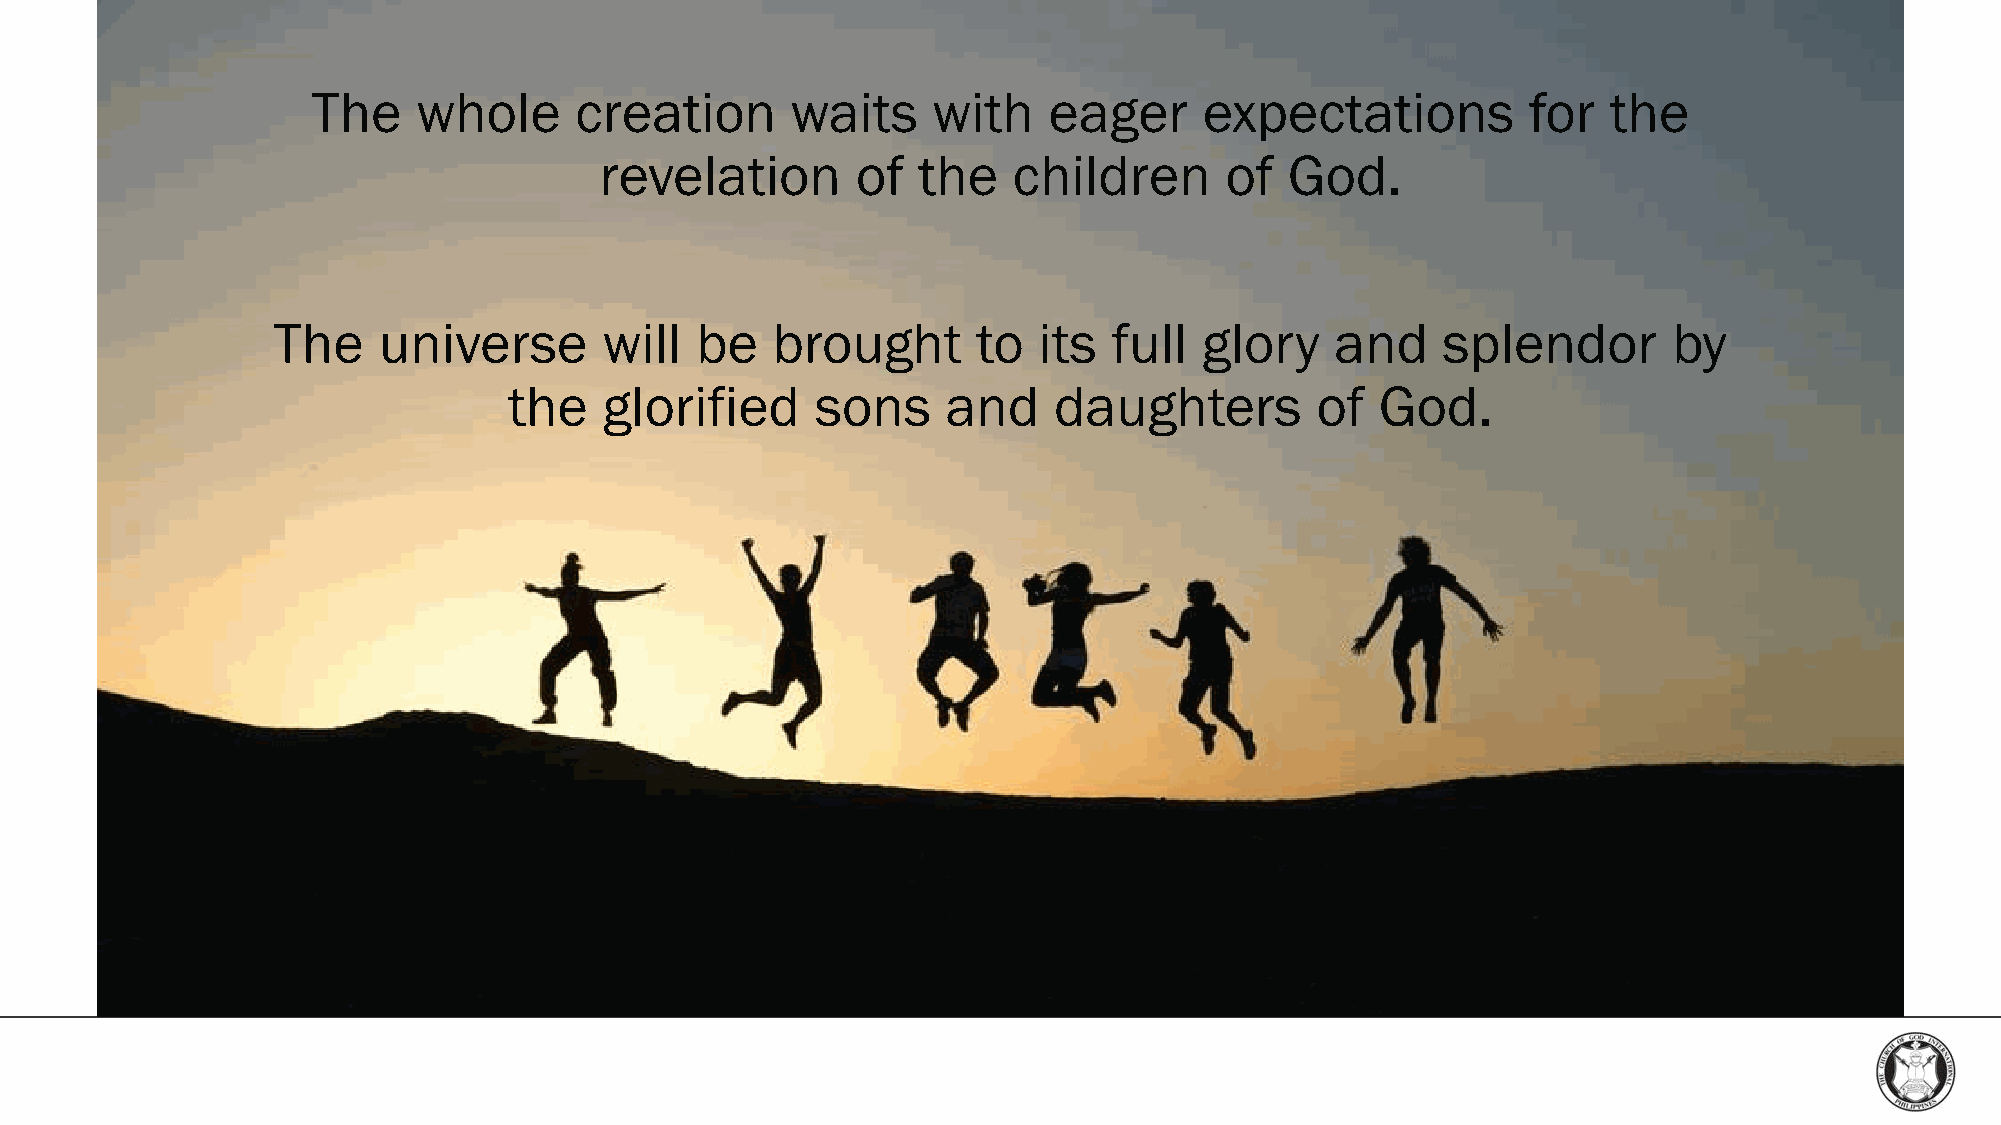
The    whole     creation      waits     with   eager      expectations         for   the
 revelation       of  the   children      of  God.
 The    universe       will  be   brought       to  its  full  glory   and    splendor        by
 the   glorified     sons     and    daughters        of  God.